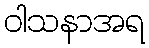
ဝါသနာအရ